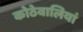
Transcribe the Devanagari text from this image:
कोठेवालियां